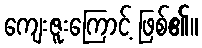
ကျေးဇူးကြောင့် ဖြစ်၏။